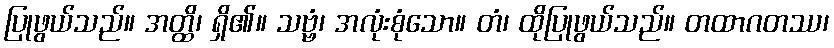
ပြုဖွယ်သည်။ အတ္ထိ၊ ရှိ၏။ သဗ္ဗံ၊ အလုံးစုံသော။ တံ၊ ထိုပြုဖွယ်သည်။ တထာဂတဿ၊